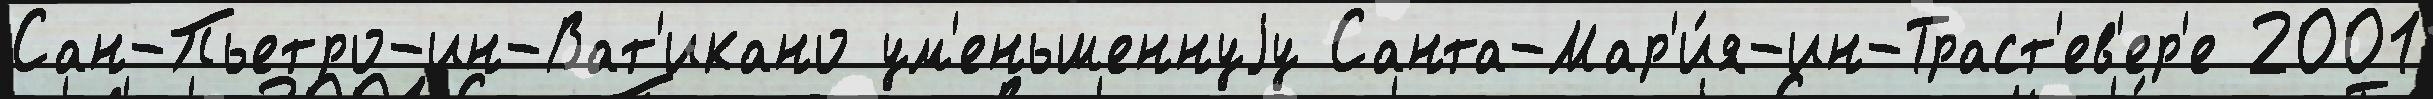
Сан-Пьетро-ин-Ват'икано ум'еньшеннуjу Санта-Мар'и́я-ин-Траст'ев'ер'е 2001